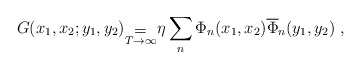
\begin{align*}G(x_1,x_2;y_1,y_2)_{\stackrel {{\displaystyle =}}{T\rightarrow \infty}}\eta \sum_n \Phi_n(x_1,x_2)\overline \Phi_n(y_1,y_2)\ ,\end{align*}